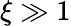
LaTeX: \xi\gg 1